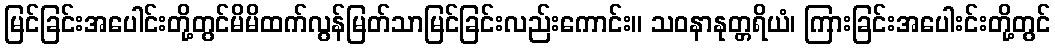
မြင်ခြင်းအပေါင်းတို့တွင်မိမိထက်လွန်မြတ်သာမြင်ခြင်းလည်းကောင်း။ သဝနာနုတ္တရိယံ၊ ကြားခြင်းအပေါးင်းတို့တွင်